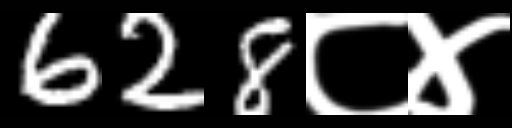
Text: 628८४